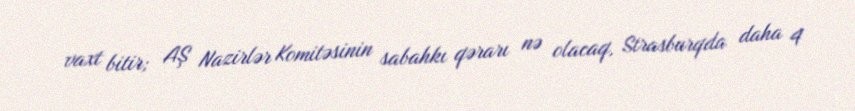
vaxt bitir; AŞ Nazirlər Komitəsinin sabahkı qərarı nə olacaq, Strasburqda daha 4